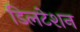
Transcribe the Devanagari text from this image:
डिलटेशन